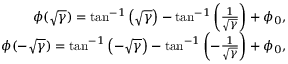
\begin{array} { r } { \phi ( \sqrt { \gamma } ) = \tan ^ { - 1 } \left( \sqrt { \gamma } \right) - \tan ^ { - 1 } \left( \frac { 1 } { \sqrt { \gamma } } \right) + \phi _ { 0 } , } \\ { \phi ( - \sqrt { \gamma } ) = \tan ^ { - 1 } \left( - \sqrt { \gamma } \right) - \tan ^ { - 1 } \left( - \frac { 1 } { \sqrt { \gamma } } \right) + \phi _ { 0 } , } \end{array}